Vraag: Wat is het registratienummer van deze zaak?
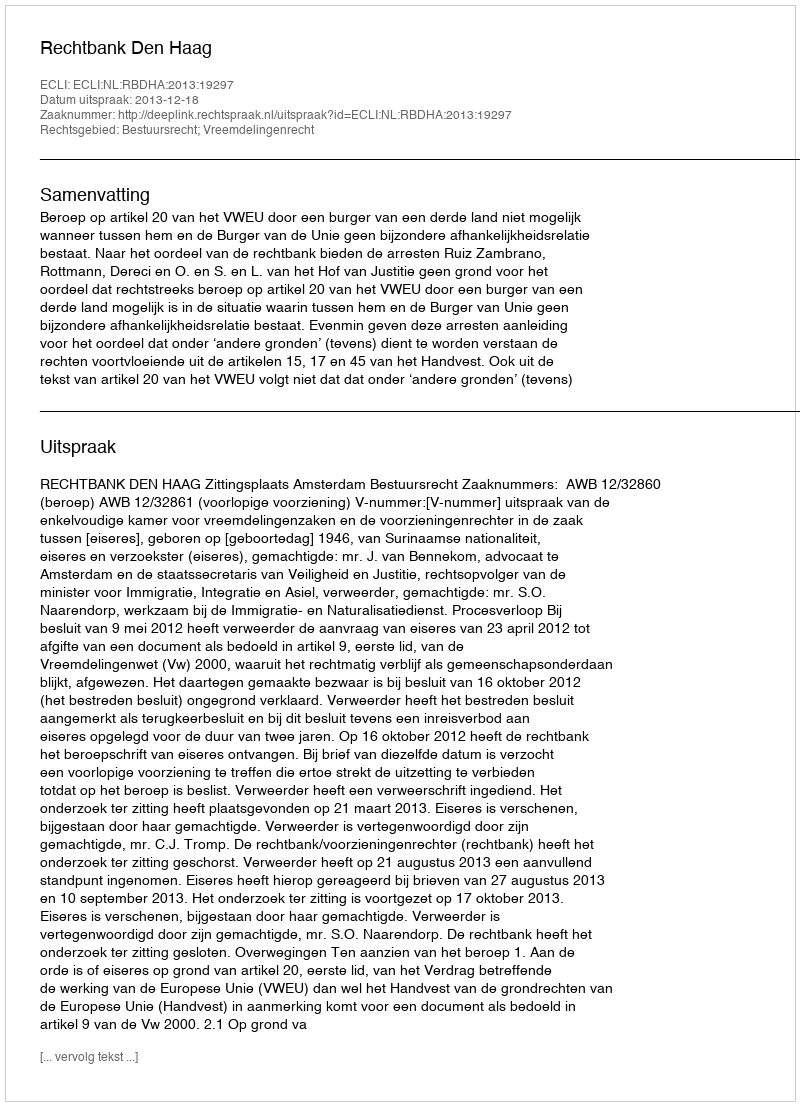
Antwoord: http://deeplink.rechtspraak.nl/uitspraak?id=ECLI:NL:RBDHA:2013:19297